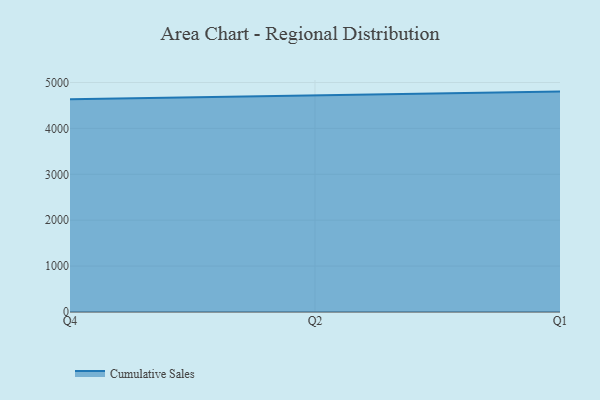
{"axis": {"x": "Quarter", "y": "Customer Acquisition Cost (USD)"}, "legend": ["Cumulative Sales"], "data": [{"x": "Q4", "y": 4632.5, "type": "Cumulative Sales"}, {"x": "Q2", "y": 4724.0, "type": "Cumulative Sales"}, {"x": "Q1", "y": 4801.6, "type": "Cumulative Sales"}]}